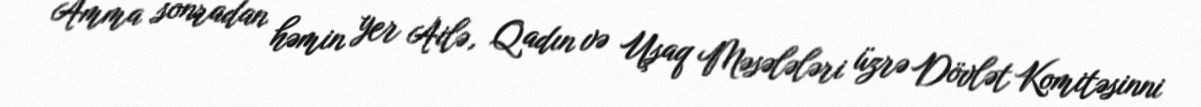
Amma sonradan həmin yer Ailə, Qadın və Uşaq Məsələləri üzrə Dövlət Komitəsinni